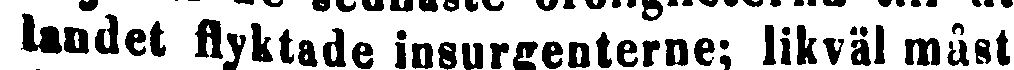
landet flyktade insurgenterne; likväl måst